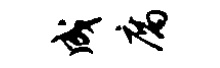
成腐